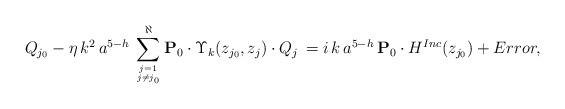
LaTeX: \begin{align*}Q_{j_0} - \eta \, k^2 \, a^{5-h} \, \sum_{j=1 \atop j \neq j_{0}}^\aleph {\bf{P}}_0 \cdot \Upsilon_k(z_{j_0}, z_j) \cdot Q_j \, = i \, k \, a^{5-h} \, {\bf{P}}_0 \cdot H^{Inc}(z_{j_0})+ Error,\end{align*}